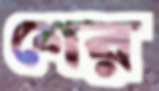
শের